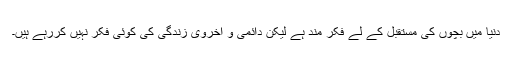
دنیا میں بچوں کی مستقبل کے لے فکر مند ہے لیکن دائمی و اخروی زندگی کی کوئی فکر نہیں کررہے ہیں۔